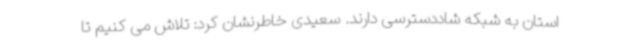
استان به شبکه شاددسترسی دارند. سعیدی خاطرنشان کرد: تلاش می کنیم تا